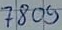
Text: 7809